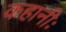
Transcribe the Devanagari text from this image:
कहानीः